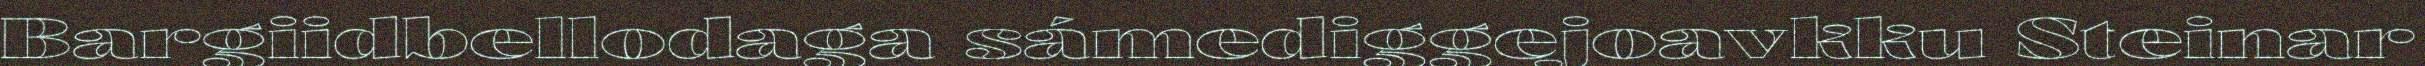
Bargiidbellodaga sámediggejoavkku Steinar